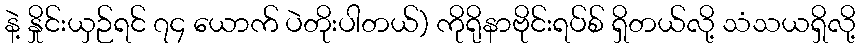
နဲ့ နှိုင်းယှဉ်ရင် ၇၄ ယောက် ပဲတိုးပါတယ်) ကိုရိုနာဗိုင်းရပ်စ် ရှိတယ်လို့ သံသယရှိလို့